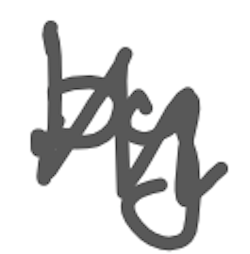
Text: by
Cross-out: zig-zag
Writing tool: digital_gray